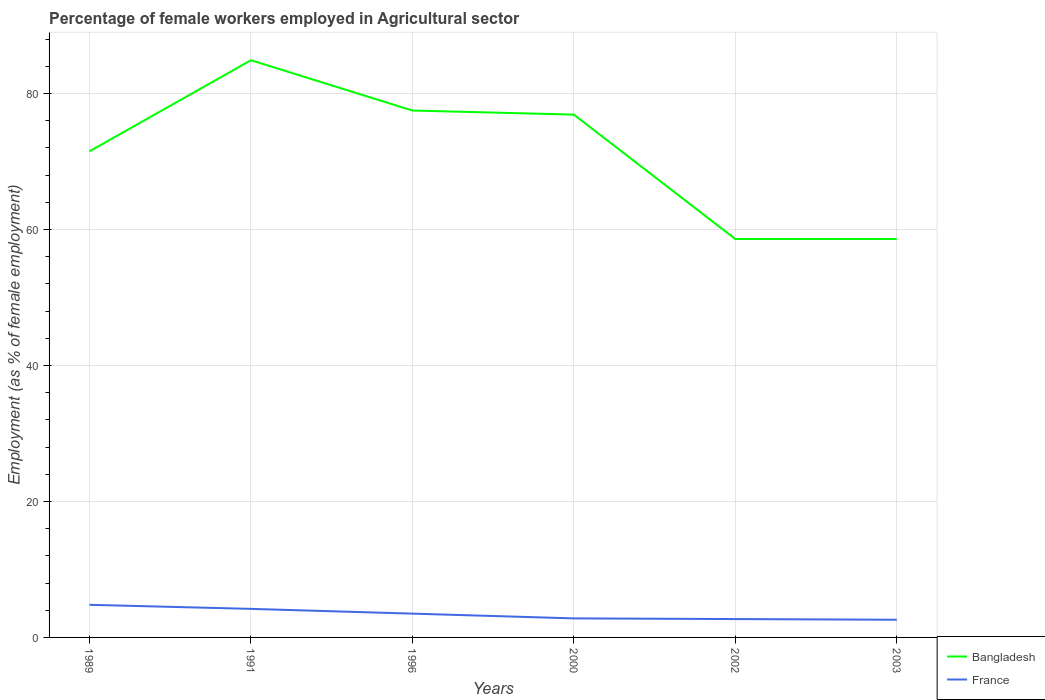
| Years | Bangladesh | France |
 | --- | --- | --- |
 | 1989 | 71.5 | 4.8 |
 | 1991 | 84.9 | 4.2 |
 | 1996 | 77.5 | 3.5 |
 | 2000 | 76.9 | 2.8 |
 | 2002 | 58.6 | 2.7 |
 | 2003 | 58.6 | 2.6 |